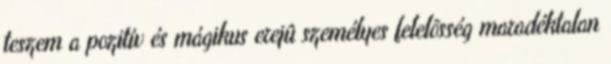
teszem a pozitív és mágikus erejû személyes felelõsség maradéktalan